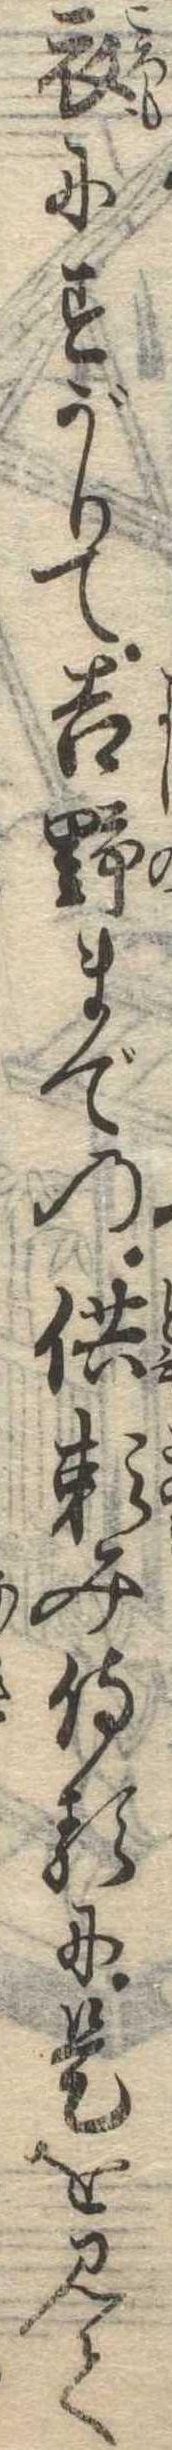
衣にすがりて吉野までの供頼み侍るに是を見て